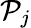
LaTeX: \mathcal{P}_{j}